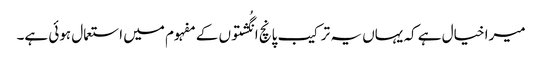
میرا خیال ہے کہ یہاں یہ ترکیب پانچ انگُشتوں کے مفہوم میں استعمال ہوئی ہے۔